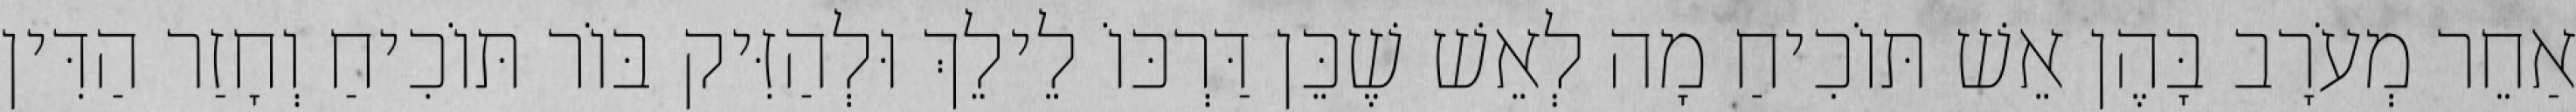
אַחֵר מְעֹרָב בָּהֶן אֵשׁ תּוֹכִיחַ מָה לְאֵשׁ שֶׁכֵּן דַּרְכּוֹ לֵילֵךְ וּלְהַזִּיק בּוֹר תּוֹכִיחַ וְחָזַר הַדִּין